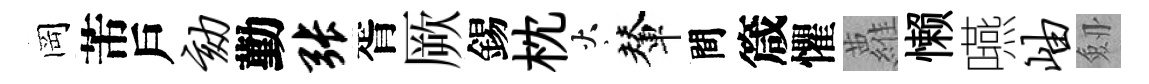
岡芾戶劾勤张胥厥錫枕火輦間箴懼蘿懒嚥岫劔